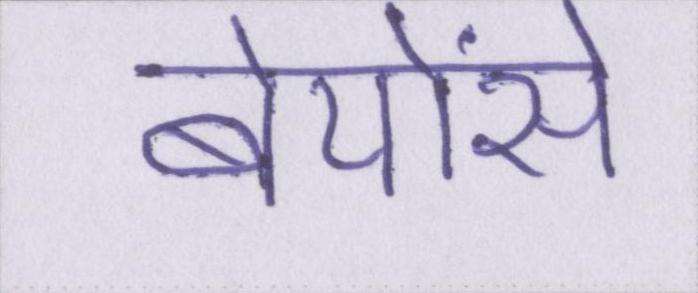
बेयोंसे